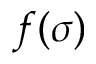
f ( \sigma )